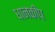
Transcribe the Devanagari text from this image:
धानकीप